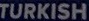
TURKISH